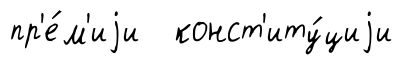
пр'е́м'иjи конст'иту́циjи